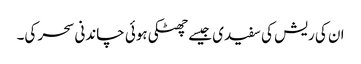
ان کی ریش کی سفیدی جیسے چھٹکی ہوئی چاندنی سحر کی۔